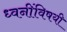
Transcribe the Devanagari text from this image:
ध्वनींविषयी